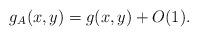
LaTeX: \begin{align*}g_A(x,y) = g(x,y) +O(1).\end{align*}